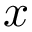
\boldsymbol { \mathscr { x } }